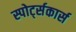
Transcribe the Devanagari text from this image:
स्पोर्ट्सकार्स